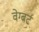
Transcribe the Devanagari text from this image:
वेग्बर्ट